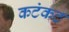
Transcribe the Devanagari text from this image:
कटंकट